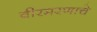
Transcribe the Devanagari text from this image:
वीरमरणाचे